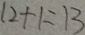
1 2 + 1 = 1 3